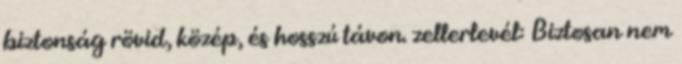
biztonság rövid, közép, és hosszú távon. zellerlevél: Biztosan nem